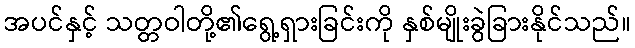
အပင်နှင့် သတ္တဝါတို့၏ရွေ့ရှားခြင်းကို နှစ်မျိုးခွဲခြားနိုင်သည်။